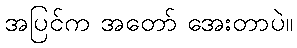
အပြင်က အတော် အေးတာပဲ။